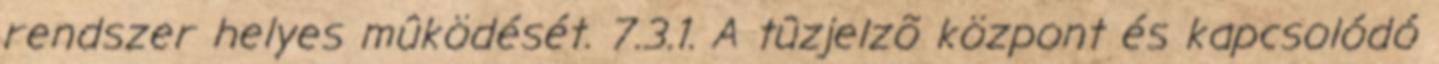
rendszer helyes mûködését. 7.3.1. A tûzjelzõ központ és kapcsolódó